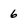
Character: 6